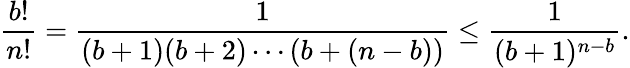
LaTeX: {\frac{b!}{n!}}={\frac{1}{(b+1)(b+2)\cdots(b+(n-b))}}\leq{\frac{1}{(b+1)^{n-b}}}.